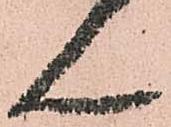
ん